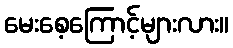
မေးစေ့ကြောင့်များလား။